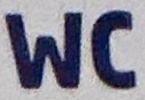
WC